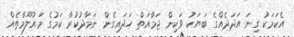
އެކަމަކު ގިނަ އަދަދެއްގެ ބަޔަކު ވަކިން ޖަމާއަތް ހަދައިގެން ނަމާދުކުރާ ކަމުގެ މައުލޫމާތެއް